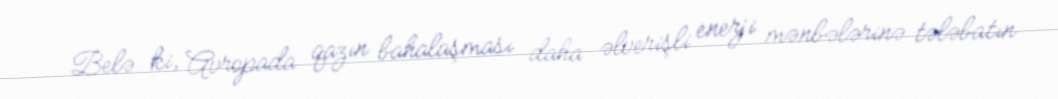
Belə ki, Avropada qazın bahalaşması daha əlverişli enerji mənbələrinə tələbatın